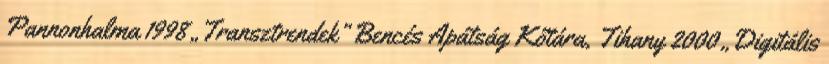
Pannonhalma 1998 „Transztrendek” Bencés Apátság Kőtára, Tihany 2000 „Digitális